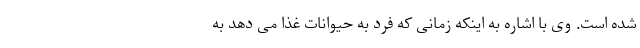
شده است. وى با اشاره به اینکه زمانى که فرد به حیوانات غذا مى دهد به